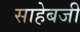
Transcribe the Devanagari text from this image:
साहेबजी